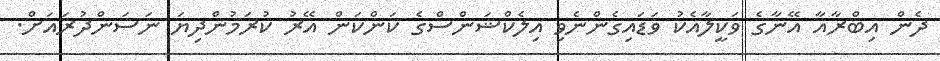
ދެން އިބްރާއާ އޭނާގެ ވަކީލާއެކު ވަޑައިގެންނެވި އިލެކްޝަންސްގެ ކަންކަން އޭރު ކުރަމުންދިޔަ ނަސަންދުރައަށް.